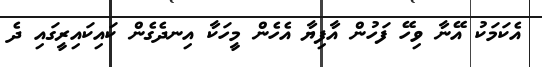
އެކަމަކު އޭނާ ވިހޭ ފަހުން އާފިޔާ އެހެން މީހަކާ އިނދެގެން ކައިކައިރީގައި ދެ